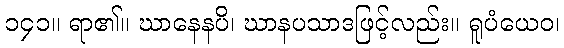
၁၄၁။ ရာ၏။ ဃာနေနပိ၊ ဃာနပသာဒဖြင့်လည်း။ ရူပံယေဝ၊